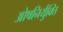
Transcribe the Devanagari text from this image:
ओषनिर्युक्ति